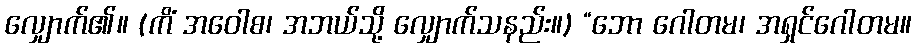
လျှောက်၏။ (ကိံ အဝေါစ၊ အဘယ်သို့ လျှောက်သနည်း။) “ဘော ဂေါတမ၊ အရှင်ဂေါတမ။